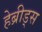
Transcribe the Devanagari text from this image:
हेब्रीड्स